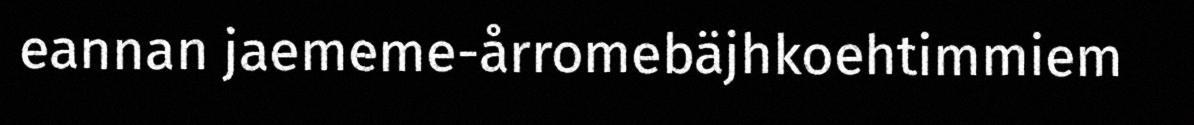
eannan jaememe-årromebäjhkoehtimmiem